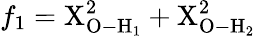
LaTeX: f_{1}=\mathrm{X}_{\mathrm{O-H_{1}}}^{2}+\mathrm{X}_{\mathrm{O-H_{2}}}^{2}